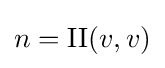
n=\mathrm {II} (v,v)